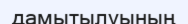
дамытылуының